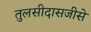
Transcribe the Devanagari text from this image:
तुलसीदासजीसे